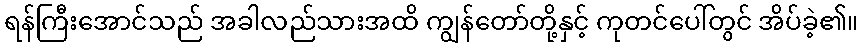
ရန်ကြီးအောင်သည် အခါလည်သားအထိ ကျွန်တော်တို့နှင့် ကုတင်ပေါ်တွင် အိပ်ခဲ့၏။